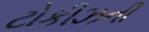
ટોકીઝની